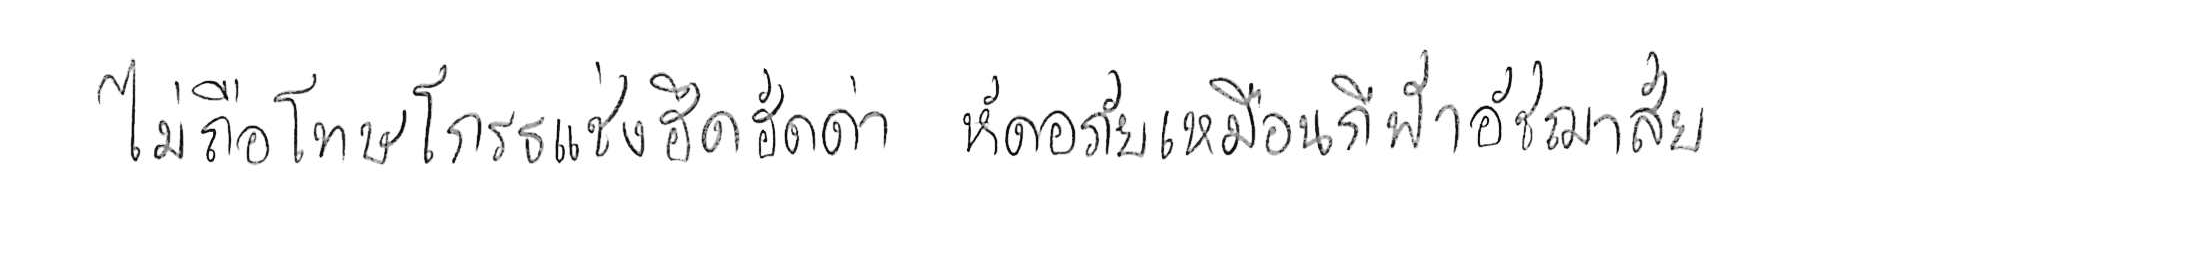
ไม่ถือโทษโกรธแช่งซัดฮึดฮัดด่า หัดอภัยเหมือนกีฬาอัชฌาสัย